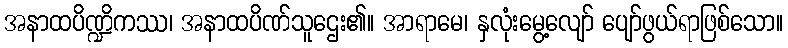
အနာထပိဏ္ဍိကဿ၊ အနာထပိဏ်သူဌေး၏။ အာရာမေ၊ နှလုံးမွေ့လျော် ပျော်ဖွယ်ရာဖြစ်သော။